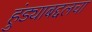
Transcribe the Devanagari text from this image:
हुंड्याबद्दलचा